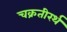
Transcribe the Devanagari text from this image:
चक्रतीरर्थ